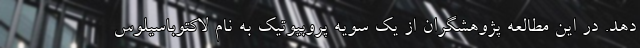
دهد. در این مطالعه پژوهشگران از یک سویه پروبیوتیک به نام لاکتوباسیلوس